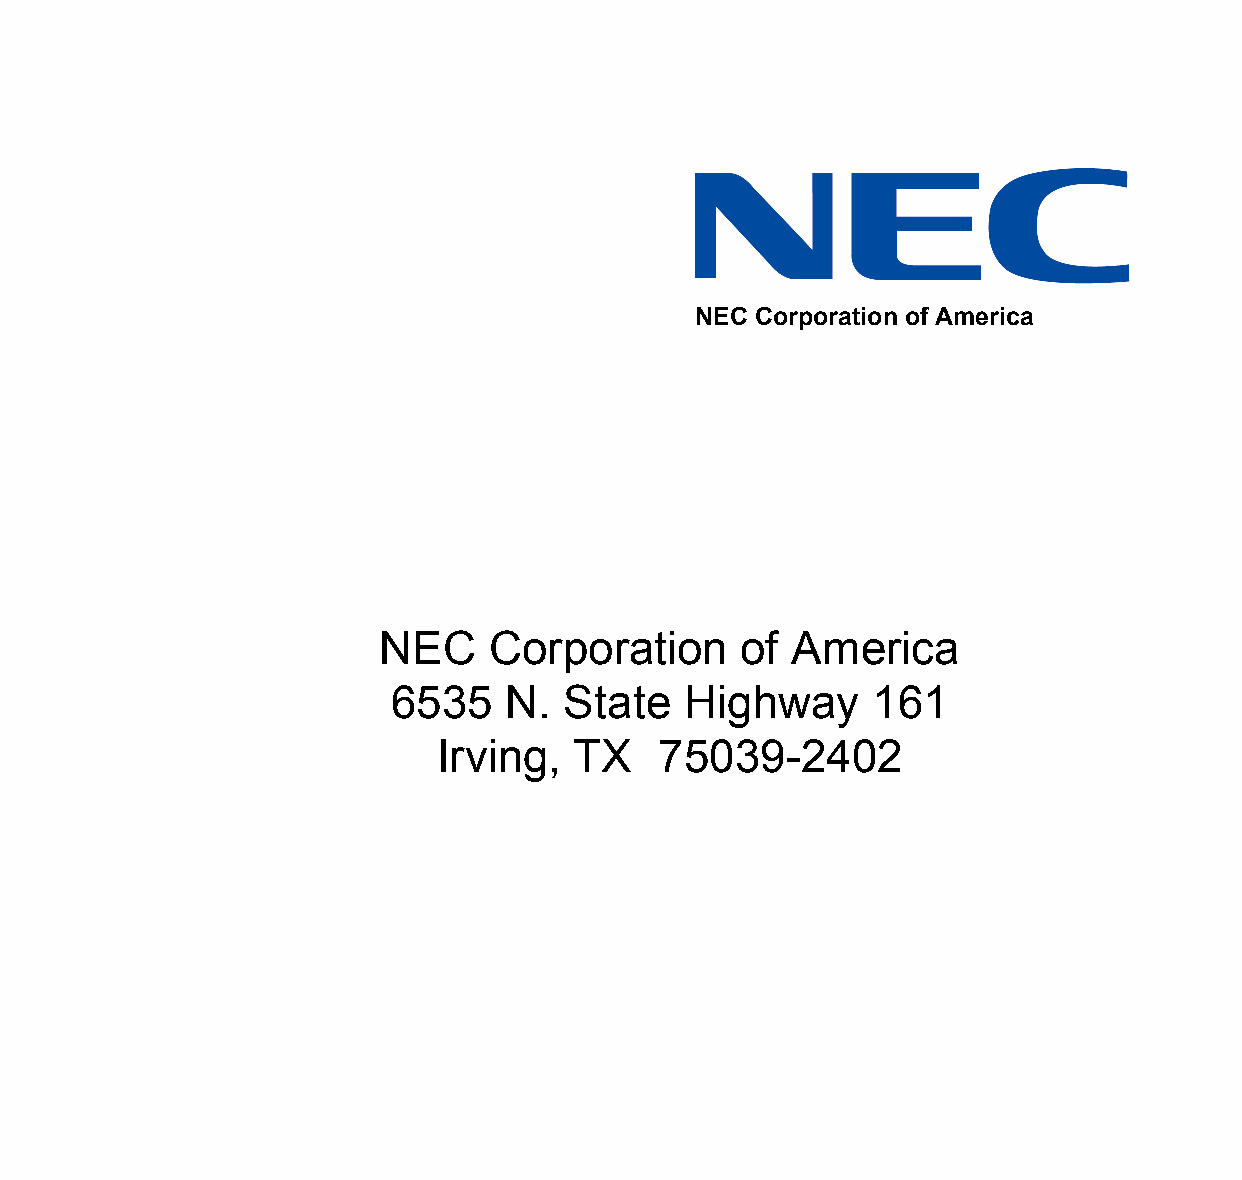
NEC Corporation of America
 NEC    Corporation      of America
 6535    N.  State   Highway     161
 Irving,   TX   75039-2402